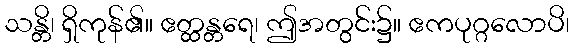
သန္တိ၊ ရှိကုန်၏။ ဧတ္ထန္တရေ၊ ဤအတွင်း၌။ ဧကပုဂ္ဂလောပိ၊